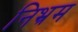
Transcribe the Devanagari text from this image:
निभ्रम